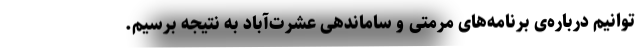
توانیم درباره‌ی برنامه‌های مرمتی و ساماندهی عشرت‌آباد به نتیجه برسیم.